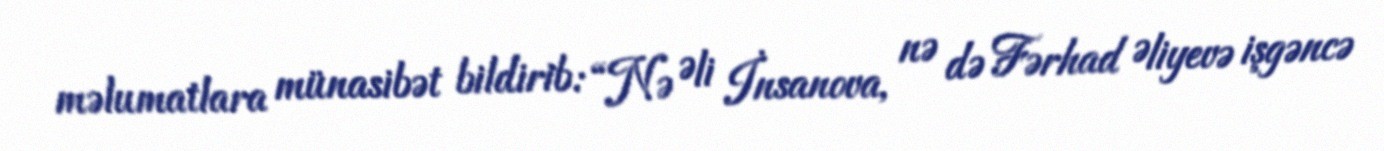
məlumatlara münasibət bildirib: “Nə Əli İnsanova, nə də Fərhad Əliyevə işgəncə